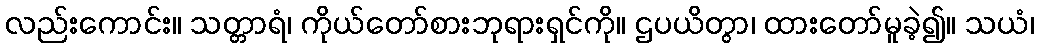
လည်းကောင်း။ သတ္တာရံ၊ ကိုယ်တော်စားဘုရားရှင်ကို။ ဌပယိတွာ၊ ထားတော်မူခဲ့၍။ သယံ၊